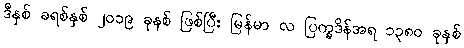
ဒီနှစ် ခရစ်နှစ် ၂၀၁၉ ခုနစ် ဖြစ်ပြီး မြန်မာ လ ပြက္ခဒိန်အရ ၁၃၈၀ ခုနှစ်